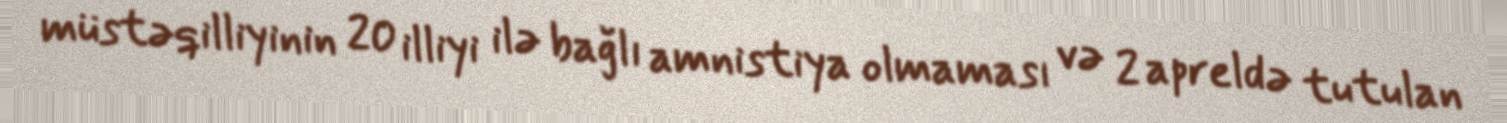
müstəqilliyinin 20 illiyi ilə bağlı amnistiya olmaması və 2 apreldə tutulan